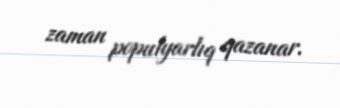
zaman populyarlıq qazanar.